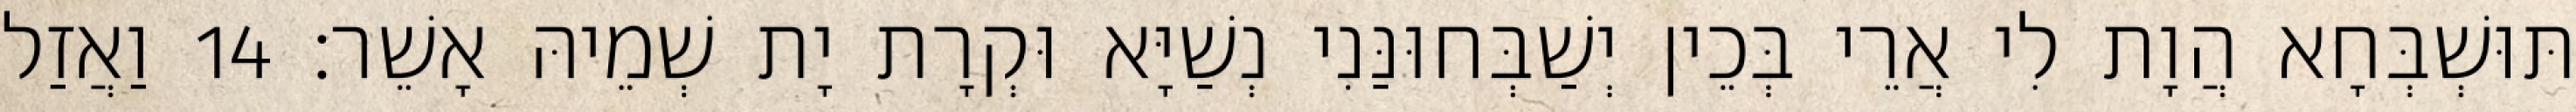
תּוּשְׁבְּחָא הֲוָת לִי אֲרֵי בְּכֵין יְשַׁבְּחוּנַּנִי נְשַׁיָּא וּקְרָת יָת שְׁמֵיהּ אָשֵׁר׃ 14 וַאֲזַל